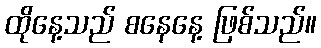
ထိုနေ့သည် စနေနေ့ ဖြစ်သည်။